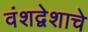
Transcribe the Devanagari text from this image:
वंशद्वेशाचे